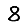
Digit: 8